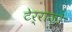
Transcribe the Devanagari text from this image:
टेर्राज़ो